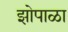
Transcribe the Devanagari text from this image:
झोपाळा